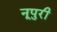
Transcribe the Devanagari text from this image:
नूपुरी